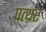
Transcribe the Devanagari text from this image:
पत्थ्रर